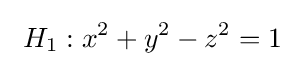
\ H_{1}:x^{2}+y^{2}-z^{2}=1